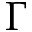
\Gamma